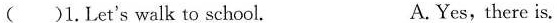
( )1.Let's walk to school. A.Yes,there is.